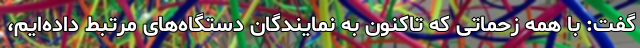
گفت: با همه زحماتی که تاکنون به نمایندگان دستگاه‌های مرتبط داده‌ایم،